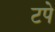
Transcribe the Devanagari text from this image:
टपे